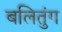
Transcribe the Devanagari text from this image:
बलितुंग